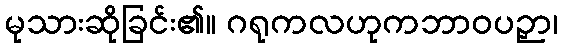
မုသားဆိုခြင်း၏။ ဂရုကလဟုကဘာဝပဉှာ၊